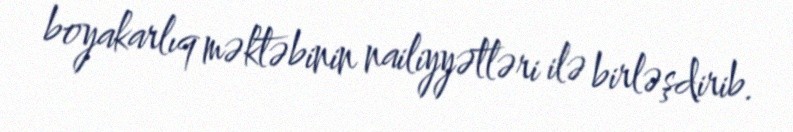
boyakarlıq məktəbinin nailiyyətləri ilə birləşdirib.